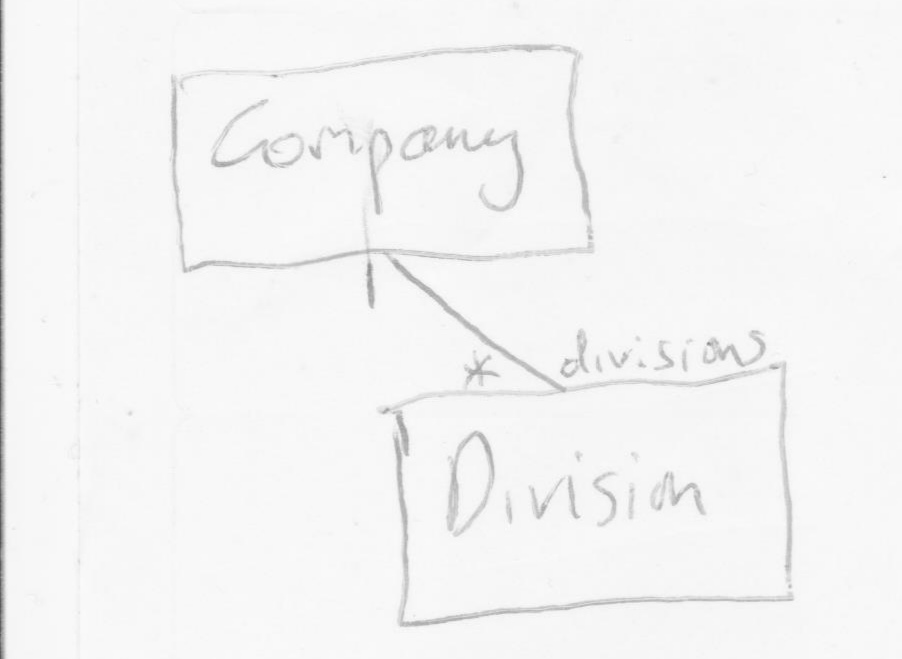
Diagram type: class_diagram
```plantuml
@startuml

class Company

class Division

Company "1" -- "divisions *" Division

@enduml
```